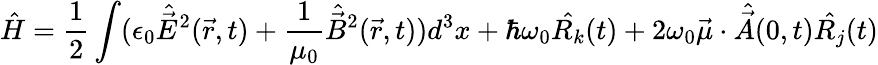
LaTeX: {\hat{H}}={\frac{1}{2}}\int(\epsilon_{0}{\hat{\vec{E}}}^{2}({\vec{r}},t)+{\frac{1}{\mu_{0}}}{\hat{\vec{B}}}^{2}({\vec{r}},t))d^{3}x+\hbar\omega_{0}{\hat{R_{k}}}(t)+2\omega_{0}{\vec{\mu}}\cdot{\hat{\vec{A}}}(0,t){\hat{R_{j}}}(t)